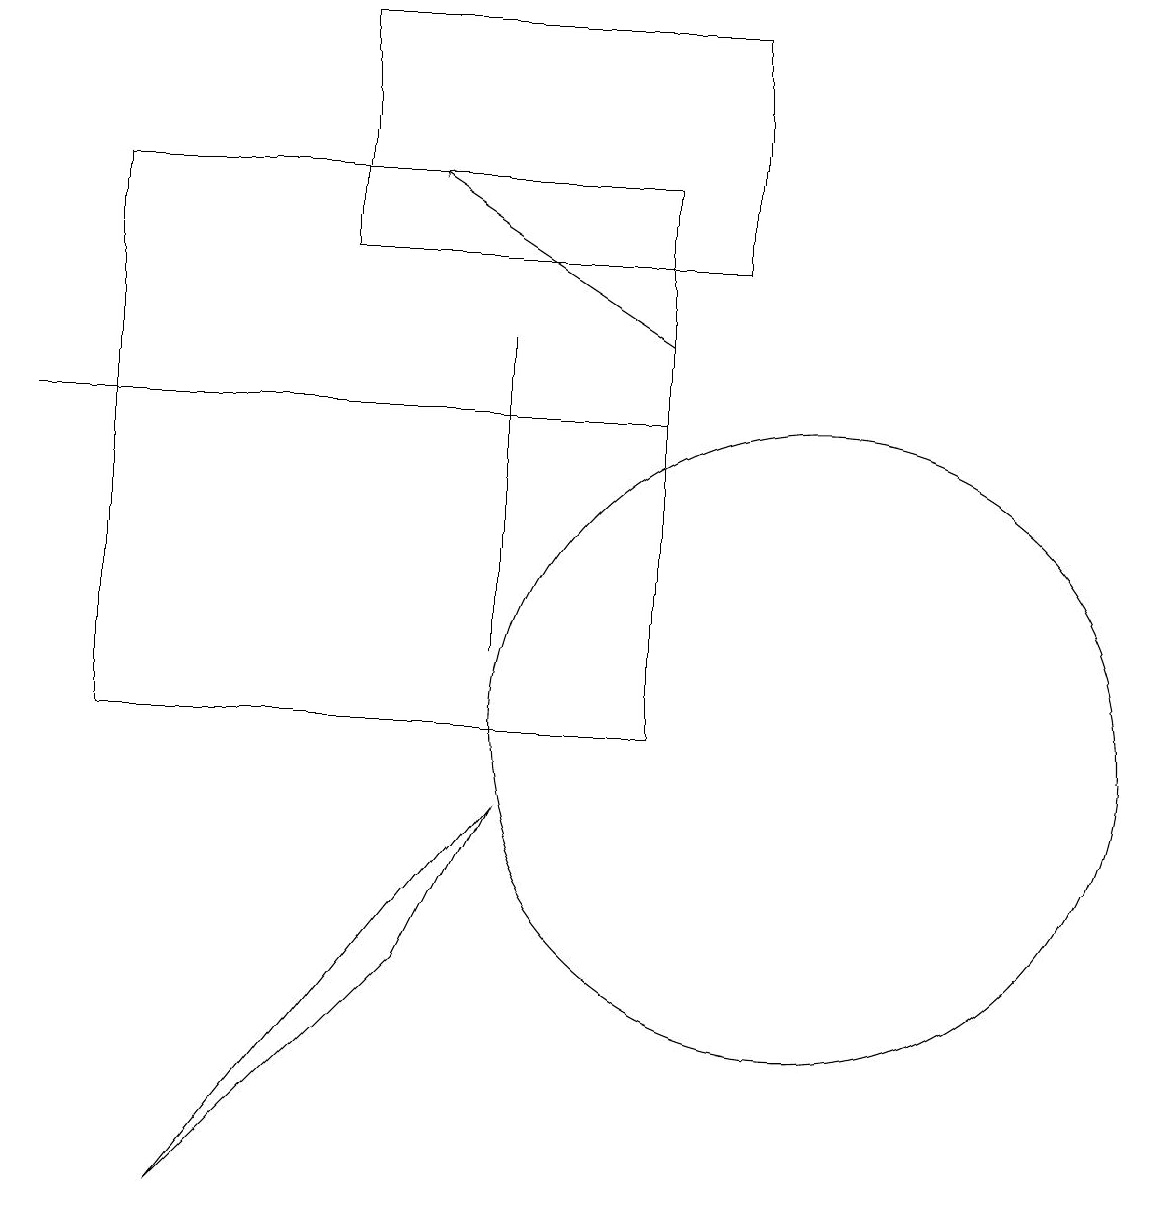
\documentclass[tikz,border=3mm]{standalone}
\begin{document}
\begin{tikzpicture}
\draw (4,19) rectangle (9,16);
\draw (8,10) rectangle (1,17);
\draw (10,10) circle (4);
\draw (6,15) rectangle (6,11);
\draw[->] (8,15) -- (5,17);
\draw (0,14) rectangle (8,14);
\draw (2,4) -- (5,7) -- (6,9) -- cycle;
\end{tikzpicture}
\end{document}